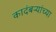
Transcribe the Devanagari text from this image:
कादंबऱ्यांच्या